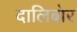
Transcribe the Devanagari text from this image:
दालिबोर